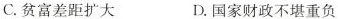
C. 贫富差距扩大 D. 国家财政不堪重负